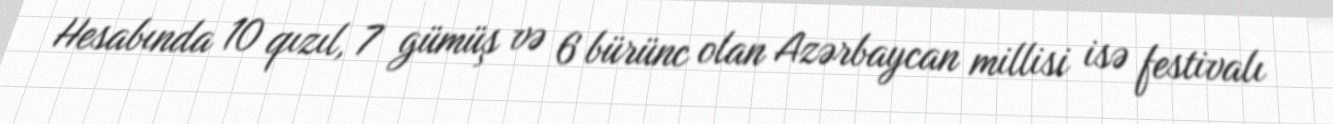
Hesabında 10 qızıl, 7 gümüş və 6 bürünc olan Azərbaycan millisi isə festivalı